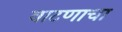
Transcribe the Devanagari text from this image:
वाटणाचा